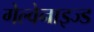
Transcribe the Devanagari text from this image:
गेल्वेनाइज्ड